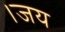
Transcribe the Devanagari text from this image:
।जय